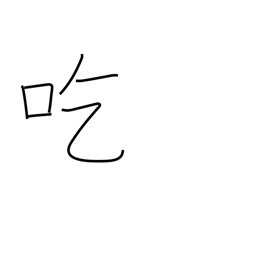
Meaning: stammer